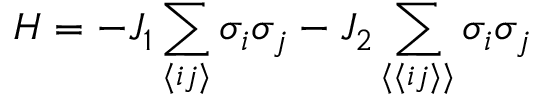
H = - { { J } _ { 1 } } \sum _ { \langle i j \rangle } { { { \sigma } _ { i } } } { { \sigma } _ { j } } - { { J } _ { 2 } } \sum _ { \langle \langle i j \rangle \rangle } { { { \sigma } _ { i } } } { { \sigma } _ { j } }